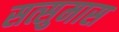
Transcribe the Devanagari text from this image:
सत्सुमास